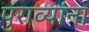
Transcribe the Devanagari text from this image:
पुराव्यांना